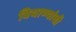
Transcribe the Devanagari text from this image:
बियाण्यांची